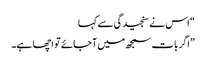
“ اس نے سنجیدگی سے کہا
”اگر بات سمجھ میں آجائے تو اچھا ہے۔